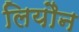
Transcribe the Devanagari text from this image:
लियौन